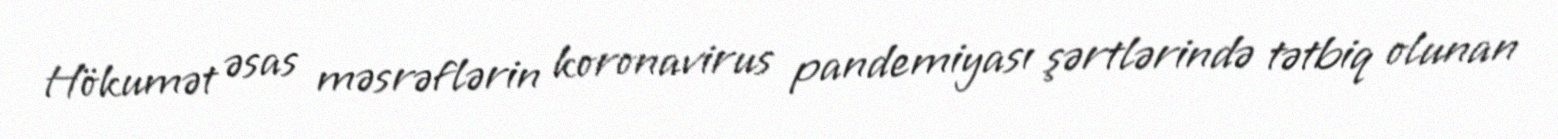
Hökumət əsas məsrəflərin koronavirus pandemiyası şərtlərində tətbiq olunan